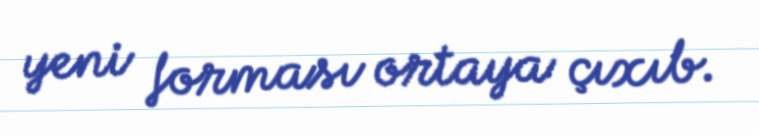
yeni forması ortaya çıxıb.